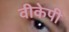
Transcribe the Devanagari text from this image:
वीकेपी